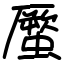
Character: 蟨